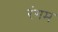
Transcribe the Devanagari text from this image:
रंगम